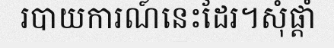
របាយការណ៍នេះដែរ។សុំផ្តាំ